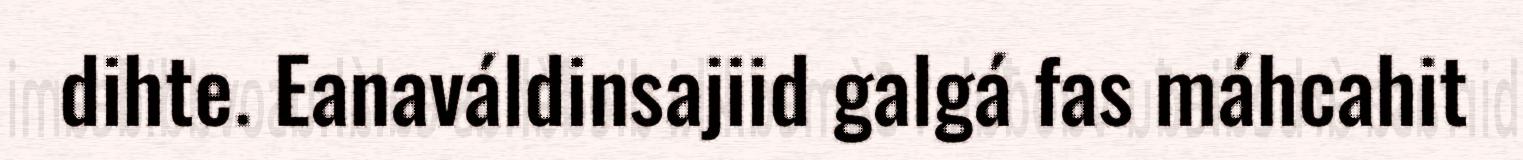
dihte. Eanaváldinsajiid galgá fas máhcahit